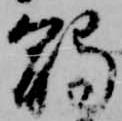
触